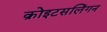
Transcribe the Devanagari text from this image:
क्रोइटसलिंगन